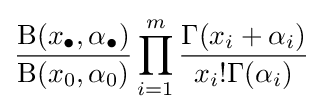
{\frac {\mathrm {B} (x_{\bullet },\alpha _{\bullet })}{\mathrm {B} (x_{0},\alpha _{0})}}\prod _{i=1}^{m}{\frac {\Gamma (x_{i}+\alpha _{i})}{x_{i}!\Gamma (\alpha _{i})}}